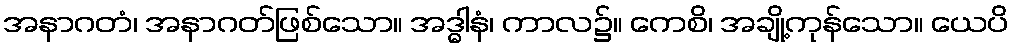
အနာဂတံ၊ အနာဂတ်ဖြစ်သော။ အဒ္ဓါနံ၊ ကာလ၌။ ကေစိ၊ အချို့ကုန်သော။ ယေပိ